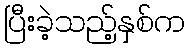
ပြီးခဲ့သည့်နှစ်က